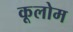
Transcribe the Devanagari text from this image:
कूलोम